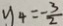
y _ { 4 } = - \frac { 3 } { 2 }